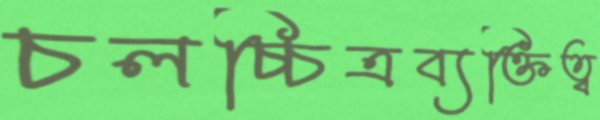
চলচ্চিত্রব্যক্তিত্ব